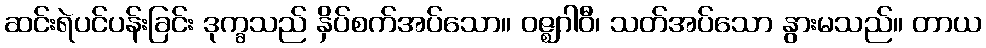
ဆင်းရဲပင်ပန်းခြင်း ဒုက္ခသည် နှိပ်စက်အပ်သော။ ဝဇ္ဈဂါဝီ၊ သတ်အပ်သော နွားမသည်။ တာယ